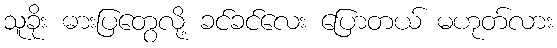
သူခိုး ဓားပြတွေလို့ ခင်ခင်လေး ပြောတယ် မဟုတ်လား